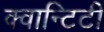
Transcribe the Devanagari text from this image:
क्वान्टिटी